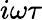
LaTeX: i\omega\tau